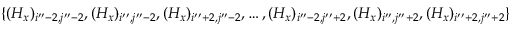
\{ ( H _ { x } ) _ { i ^ { \prime \prime } - 2 , j ^ { \prime \prime } - 2 } , ( H _ { x } ) _ { i ^ { \prime \prime } , j ^ { \prime \prime } - 2 } , ( H _ { x } ) _ { i ^ { \prime \prime } + 2 , j ^ { \prime \prime } - 2 } , \ldots , ( H _ { x } ) _ { i ^ { \prime \prime } - 2 , j ^ { \prime \prime } + 2 } , ( H _ { x } ) _ { i ^ { \prime \prime } , j ^ { \prime \prime } + 2 } , ( H _ { x } ) _ { i ^ { \prime \prime } + 2 , j ^ { \prime \prime } + 2 } \}